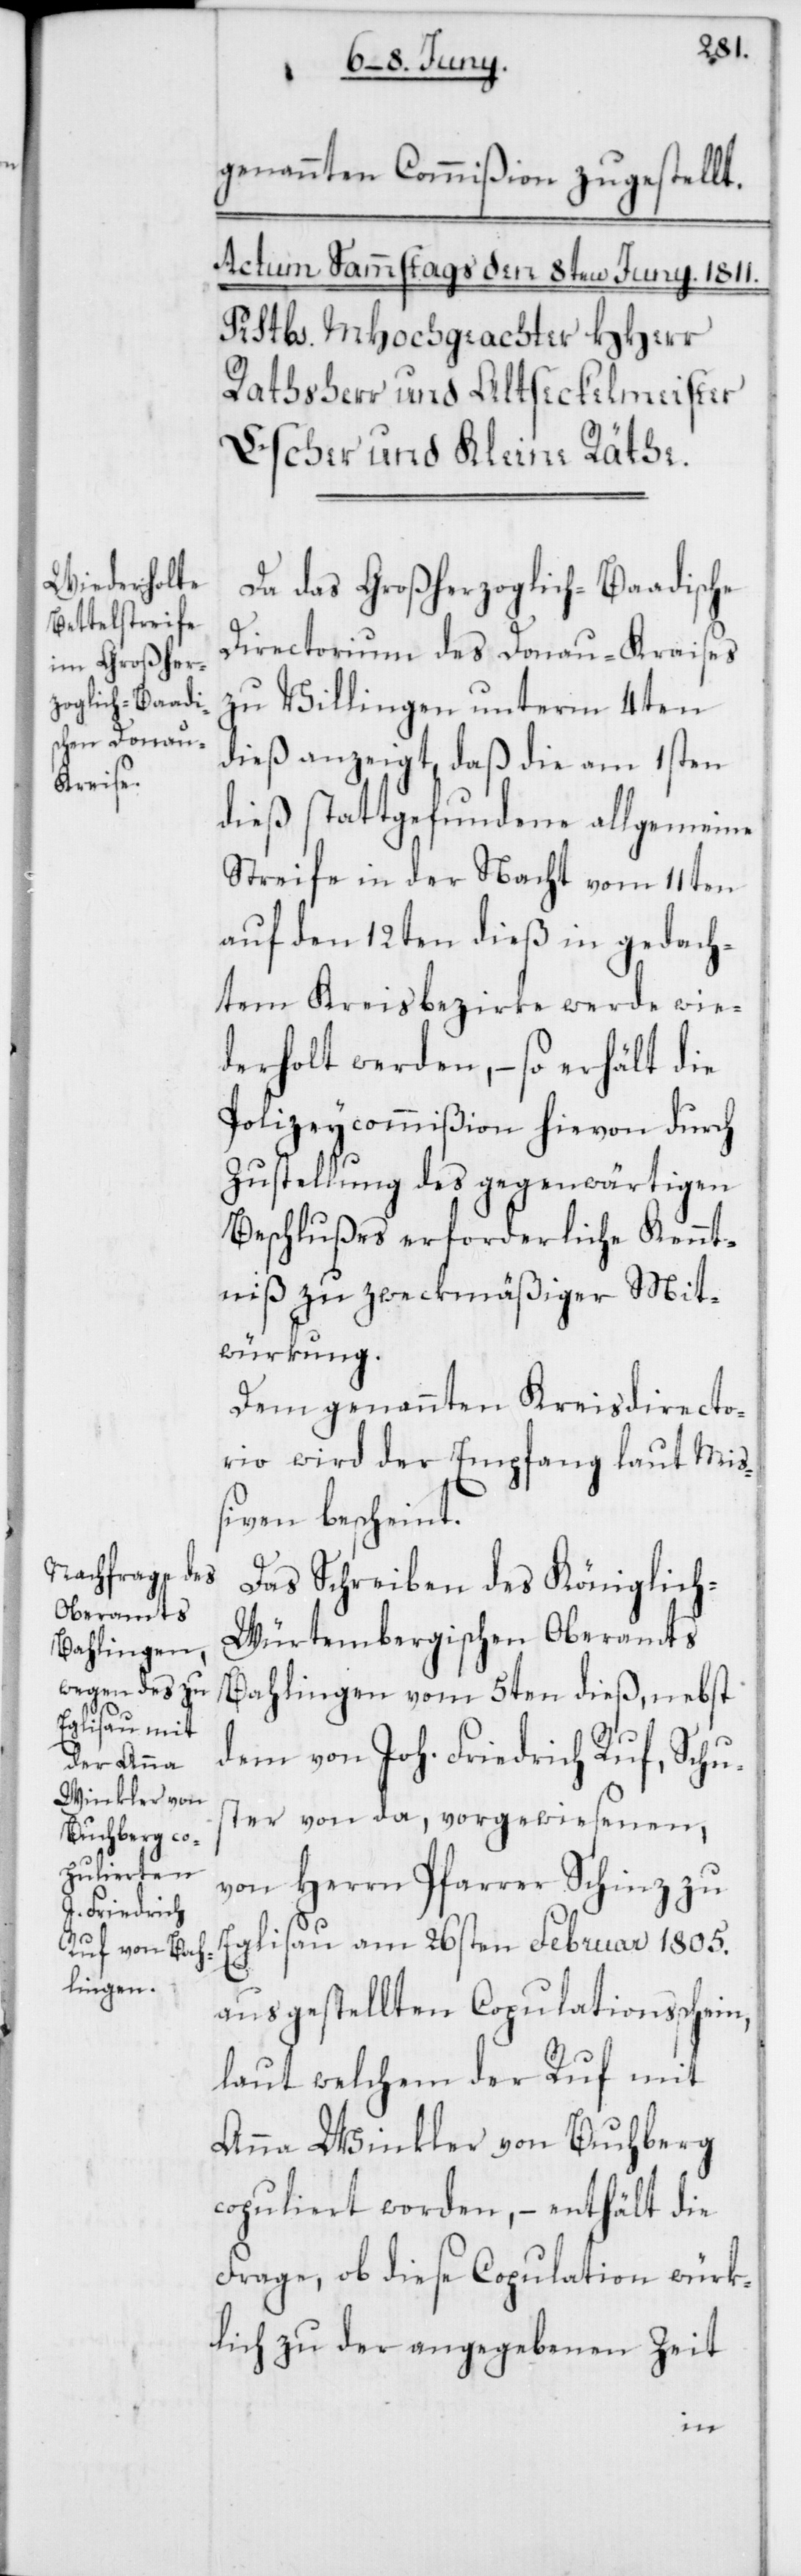
genannten Commißion zugestellt.
Da das Großherzoglich-Baadische
Directorium des Donau-Kraises
zu Villingen unterm 4ten
dieß anzeigt, daß die am 1sten
dieß stattgefundene allgemeine
Streife in der Nacht vom 11ten
auf den 12ten dieß in gedach¬
tem Kreisbezirke werde wie¬
derholt werden, – so erhält die
Polizeycommißion hievon durch
Zustellung des gegenwärtigen
Beschlußes erforderliche Kennt¬
niß zu zweckmäßiger Mit¬
würkung.
Dem genannten Kreisdirecto¬
rio wird der Empfang laut Miß¬
iven bescheint.
Das Schreiben des Königlic¬
h-Würtembergischen Oberamts
Bahlingen vom 5ten dieß, nebst
dem von Joh. Friedrich Ruf, Schu¬
ster von da, vorgewiesenen,
von Herrn Pfarrer Schinz zu
Eglisau am 26sten Februar 1805.
ausgestellten Copulationsschein,
laut welchem der Ruf mit
Anna Winkler von Buchberg
copuliert worden, – enthält die
Frage, ob diese Copulation würk¬
lich zu der angegebenen Zeit